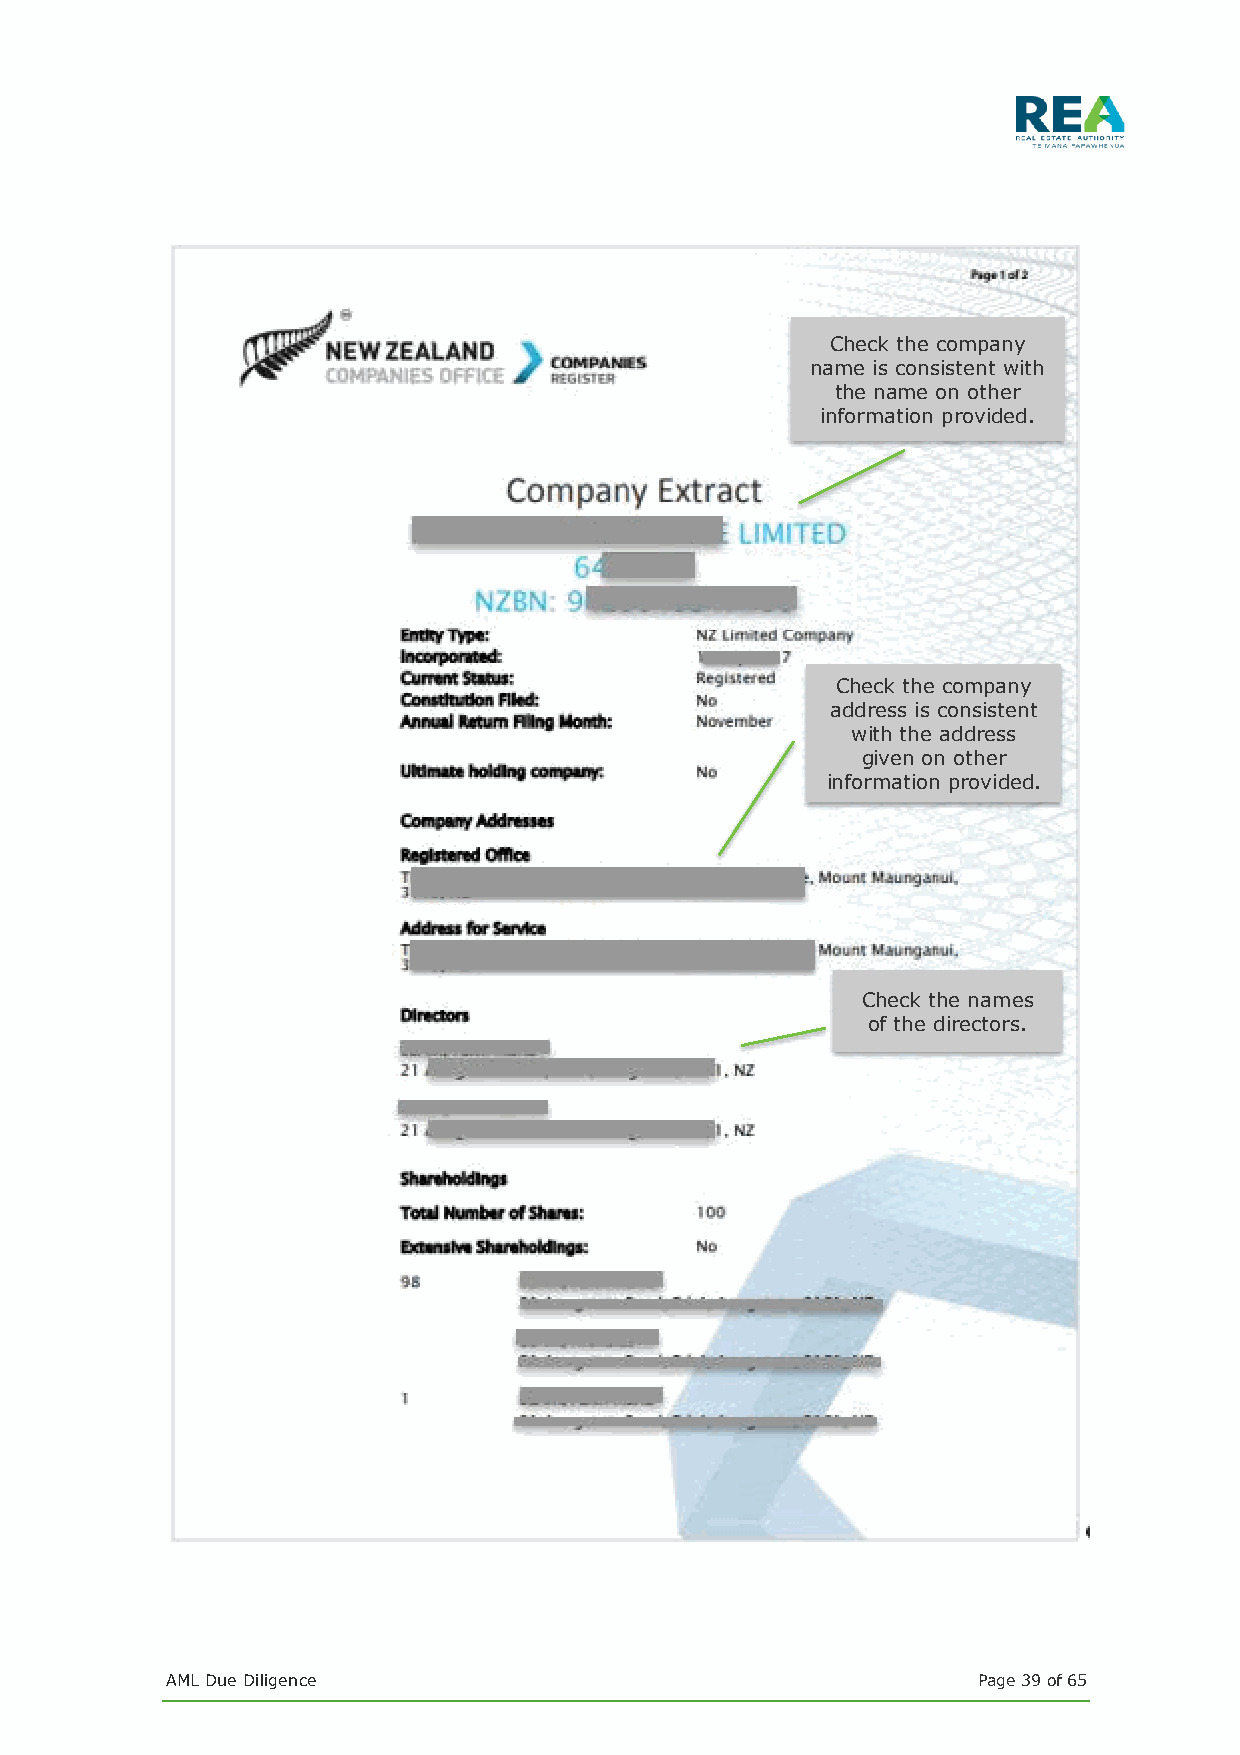
Check the company
 name is consistent with
 the name on other
 information provided.
 Check the company
 address is consistent
 with the address
 given on other
 information provided.
 Check the names
 of the directors.
 AML Due Diligence                                     Page 39 of 65